Plague in India, 1896, 1897 - Volume 2
Year: 1896
Disease focus: Plague
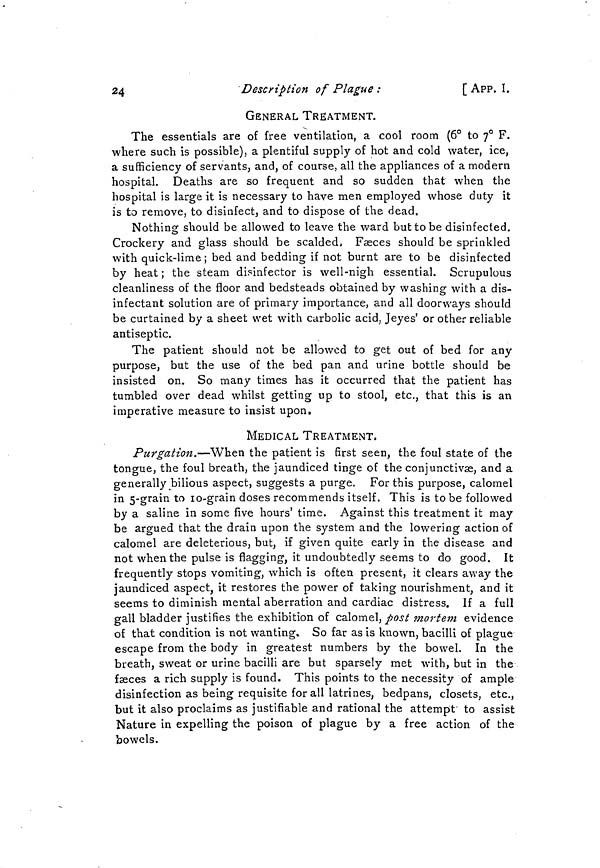
24
Description of Plague :
[ APP. I.
GENERAL TREATMENT.
The essentials are of free ventilation, a cool room (6° to 7° F.
where such is possible), a plentiful supply of hot and cold water, ice,
a sufficiency of servants, and, of course, all the appliances of a modern
hospital. Deaths are so frequent and so sudden that when the
hospital is large it is necessary to have men employed whose duty it
is to remove, to disinfect, and to dispose of the dead.
Nothing should be allowed to leave the ward but to be disinfected.
Crockery and glass should be scalded, Faeces should be sprinkled
with quick-lime; bed and bedding if not burnt are to be disinfected
by heat ; the steam disinfector is well-nigh essential. Scrupulous
cleanliness of the floor and bedsteads obtained by washing with a dis-
infectant solution are of primary importance, and all doorways should
be curtained by a sheet wet with carbolic acid, Jeyes' or other reliable
antiseptic.
The patient should not be allowed to get out of bed for any
purpose, but the use of the bed pan and urine bottle should be
insisted on. So many times has it occurred that the patient has
tumbled over dead whilst getting up to stool, etc., that this is an
imperative measure to insist upon.
MEDICAL TREATMENT.
Purgation.—When the patient is first seen, the foul state of the
tongue, the foul breath, the jaundiced tinge of the conjunctivas, and a
generally bilious aspect, suggests a purge. For this purpose, calomel
in 5-grain to io-grain doses recommends itself. This is to be followed
by a saline in some five hours' time. Against this treatment it may
be argued that the drain upon the system and the lowering action of
calomel are deleterious, but, if given quite early in the disease and
not when the pulse is flagging-, it undoubtedly seems to do good. It
frequently stops vomiting, which is often present, it clears away the
jaundiced aspect, it restores the power of taking nourishment, and it
seems to diminish mental aberration and cardiac distress. If a full
gall bladder justifies the exhibition of calomel, post mortem evidence
of that condition is not wanting. So far as is known, bacilli of plague
escape from the body in greatest numbers by the bowel. In the
breath, sweat or urine bacilli are but sparsely met with, but in the
faeces a rich supply is found. This points to the necessity of ample
disinfection as being requisite for all latrines, bedpans, closets, etc.,
but it also proclaims as justifiable and rational the attempt to assist
Nature in expelling the poison of plague by a free action of the
bowels.